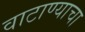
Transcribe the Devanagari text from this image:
वाटाण्याचा